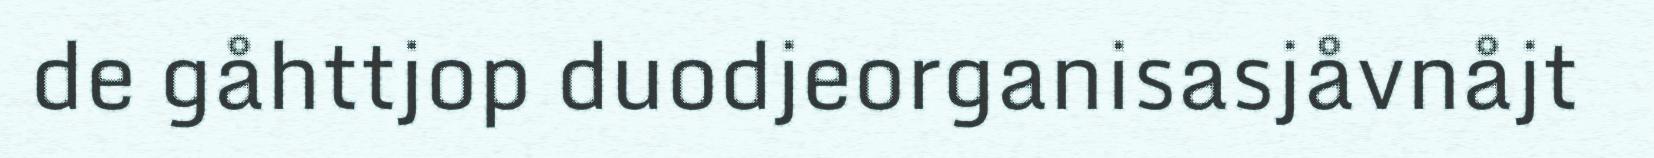
de gåhttjop duodjeorganisasjåvnåjt